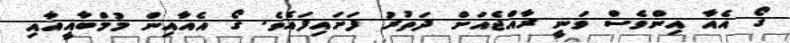
ގޯ އެއާ އިންވެސް ވަނީ ރާއްޖެއަށް ދަތުރު ފަށައިފައެވެ. ގޯ އެއާއިން މުމްބާއީއާއި